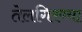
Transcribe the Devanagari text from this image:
तेलगिरण्या